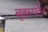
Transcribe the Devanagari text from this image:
बृहस्पतेः